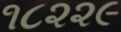
૧૮૨૨૯